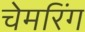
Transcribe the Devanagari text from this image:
चेमरिंग